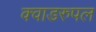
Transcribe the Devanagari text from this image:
क्वाडरुपल